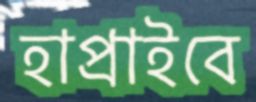
হাপ্‌রাইবে